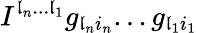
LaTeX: I^{\mathfrak{l}_{n}...\mathfrak{l}_{1}}g_{\mathfrak{l}_{n}i_{n}}...g_{\mathfrak{l}_{1}i_{1}}